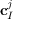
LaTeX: \mathbf { c } _ { I } ^ { j }